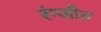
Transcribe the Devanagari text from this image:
रंन्जीत